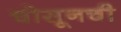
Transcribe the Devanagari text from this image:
चोसूनची